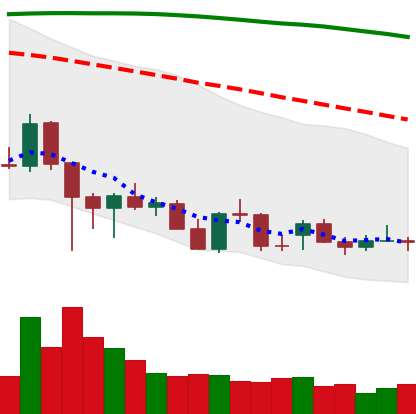
Ticker: ADA-USD
Chart end date: 2021-12-20
Forward return: 17.384%
Label: up_7plus